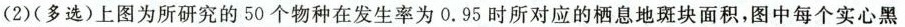
(2)(多选)上图为所研究的50个物种在发生率为0.95时所对应的栖息地斑块面积，图中每个实心黑